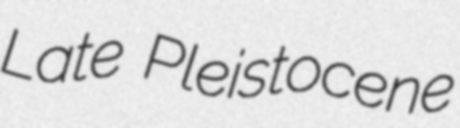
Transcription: Late Pleistocene